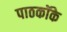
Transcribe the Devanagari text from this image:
पाठकॉके